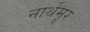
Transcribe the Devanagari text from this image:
नार्थमूर